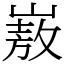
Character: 㟼